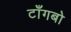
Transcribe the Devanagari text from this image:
टाँगबो